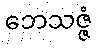
ဘေသဇ္ဇံ